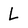
Character: L